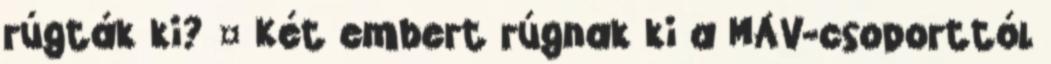
rúgták ki? ¤ Két embert rúgnak ki a MÁV-csoporttól